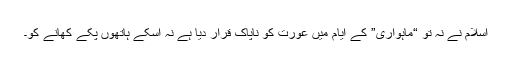
اسلام نے نہ تو “ماہواری” کے ایام میں عورت کو ناپاک قرار دیا ہے نہ اسکے ہاتھوں پکے کھانے کو۔